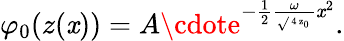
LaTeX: \varphi_{0}(z(\mathit{x}))=A\cdote^{-\frac{1}{2}\frac{{\omega}}{{\sqrt{}{{\mathrm{{\scriptsize~4~z_{0}~}}}}}}\mathit{x}^{2}}.